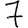
Digit: 7